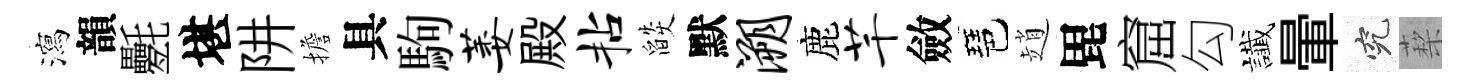
瀉韻氎堪阱擔具駒萎殿拈燄默溯鹿芊斂琶趙毘窟勾䜟暈究蔾